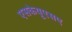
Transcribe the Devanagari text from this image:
एसकेयूएसए